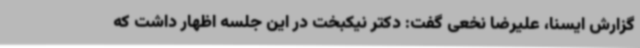
گزارش ایسنا، علیرضا نخعی گفت: دکتر نیکبخت در این جلسه اظهار داشت که